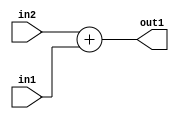
`timescale 1ps / 1ps
/*****************************************************************************
    Verilog RTL Description
    
    
    Created by: Stratus DpOpt 21.05.01 
*******************************************************************************/

module Filter_Add_12Ux9U_12U_4 (
	in2,
	in1,
	out1
	); /* architecture "behavioural" */ 
input [11:0] in2;
input [8:0] in1;
output [11:0] out1;
wire [11:0] asc001;

assign asc001 = 
	+(in2)
	+(in1);

assign out1 = asc001;
endmodule

/* CADENCE  ubH3TA0= : u9/ySxbfrwZIxEzHVQQV8Q== ** DO NOT EDIT THIS LINE ******/